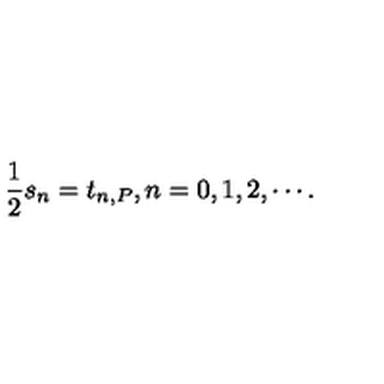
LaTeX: \frac { 1 } { 2 } s _ { n } = t _ { n , P } , n = 0 , 1 , 2 , \cdots .